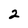
Character: 2